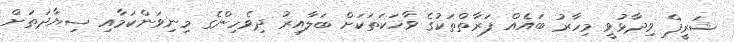
ޝަރީފް ވިދާޅުވީ މިހާރު ބައެއް ފަރާތްތަކުގެ ވާހަކަތަކަށް ބަލާއިރު ދިވެހިންގެ މިނިވަންކަމާއި ސިޔާދަތަށް